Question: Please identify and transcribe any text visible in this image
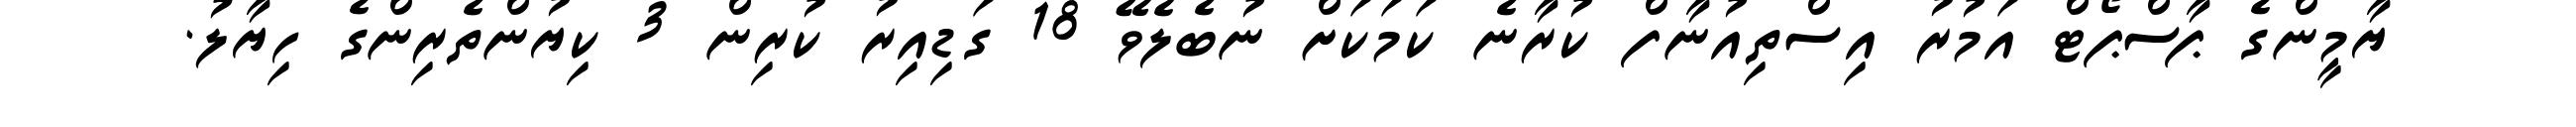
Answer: ޔާމީންގެ ޕާސްޕޯޓް އަމުރު އިސްތިއުނާފް ކުރާނެ ކަމަކަށް ނުބެލެވޭ 18 ގަޑިއިރު ކުރިން 3 ކިޔުންތެރިންގެ ހިޔާލު.